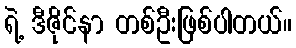
ရဲ့ ဒီဇိုင်နာ တစ်ဦးဖြစ်ပါတယ်။